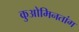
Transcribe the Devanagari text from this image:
कुओमिनतांग